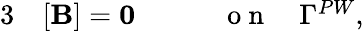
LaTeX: \begin{array}{rlr}{{3}}&{{}[{\mathbf B}]=\mathbf{0}\qquad}&{\mathrm{~o~n~}\quad\Gamma^{PW},}\end{array}